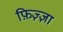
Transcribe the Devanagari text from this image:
फ़िज़्ज़ा